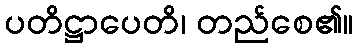
ပတိဋ္ဌာပေတိ၊ တည်စေ၏။